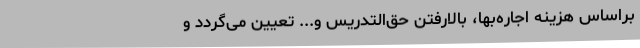
براساس هزینه‌ اجاره‌بها، بالارفتن حق‌التدریس و... تعیین می‌گردد و